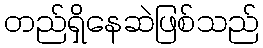
တည်ရှိနေဆဲဖြစ်သည်